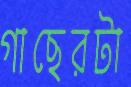
গাছেরটা